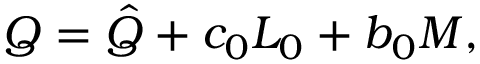
Q = \hat { Q } + c _ { 0 } L _ { 0 } + b _ { 0 } M ,